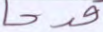
قدحا